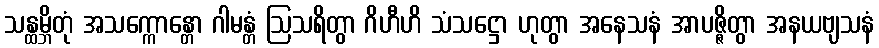
သန္ထမ္ဘိတုံ အသက္ကောန္တော ဂါမန္တံ ဩသရိတွာ ဂိဟီဟိ သံသဋ္ဌော ဟုတွာ အနေသနံ အာပဇ္ဇိတွာ အနယဗျသနံ